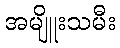
အမျိူးသမီး